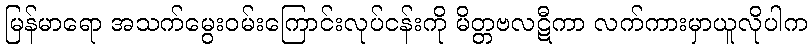
မြန်မာရော အသက်မွေးဝမ်းကြောင်းလုပ်ငန်းကို မိတ္တဗလဋီကာ လက်ကားမှာယူလိုပါက